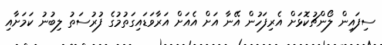
ސިފައިން ލޯންޗުކޮޅަށް އެރިފަހުން އޭނާ އަށް އެއަށް އަރާވަޑައިގަތުމުގެ ފުރުސަތު ލިބުނު ކަމަށާއި